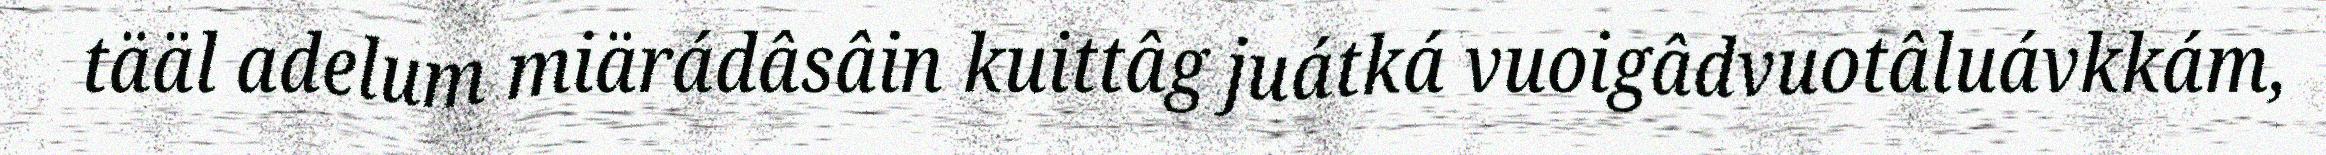
tääl adelum miärádâsâin kuittâg juátká vuoigâdvuotâluávkkám,